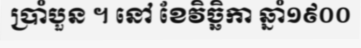
ប្រាំបួន ។ នៅ ខែវិច្ឆិកា ឆ្នាំ១៩០០